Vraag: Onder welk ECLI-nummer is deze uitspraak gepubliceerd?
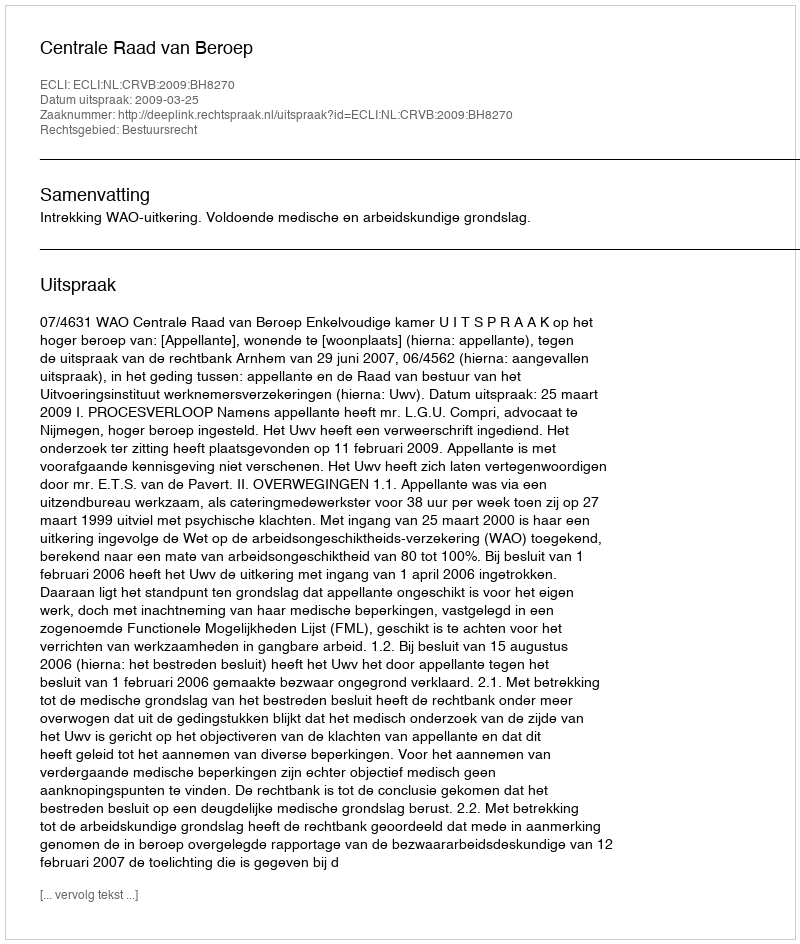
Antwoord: ECLI:NL:CRVB:2009:BH8270